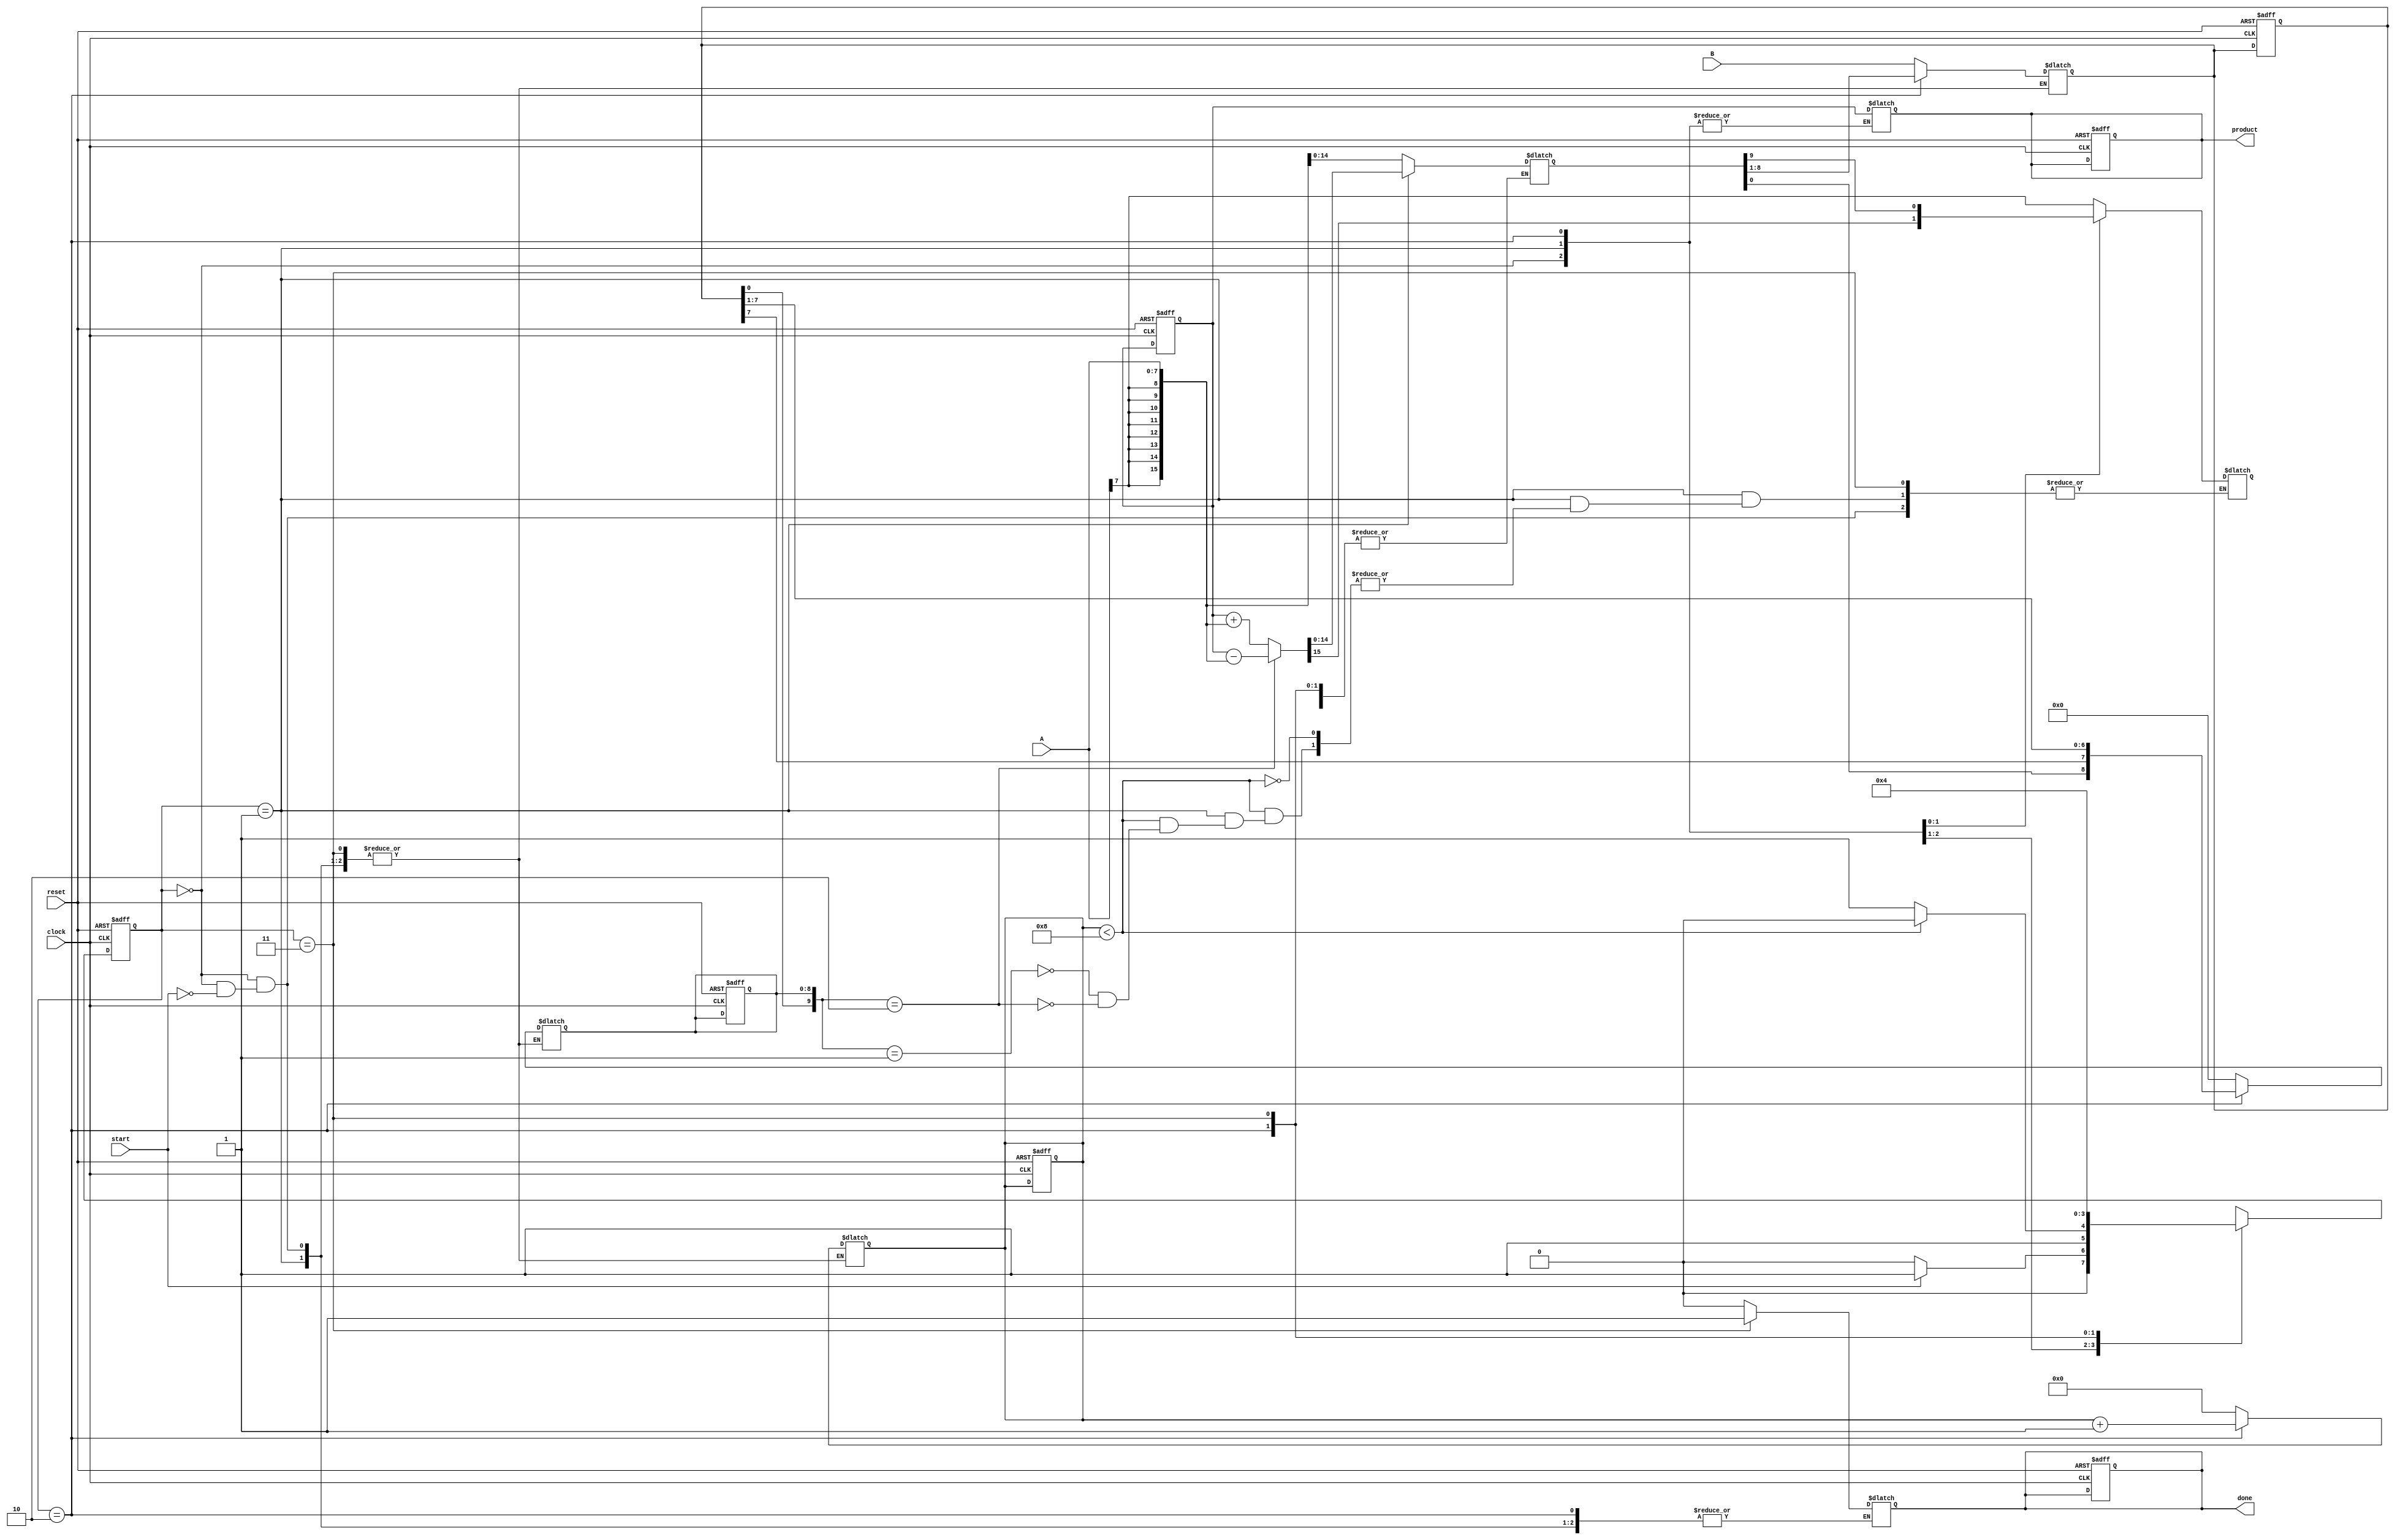
module booth_multiplier #(
    parameter WIDTH_A = 8,  // Width of multiplicand
    parameter WIDTH_B = 8   // Width of multiplier
)(
    input  wire [WIDTH_A-1:0] A,      // Multiplicand
    input  wire [WIDTH_B-1:0] B,      // Multiplier
    input  wire start,                 // Start signal
    input  wire clock,                 // Clock signal
    input  wire reset,                 // Asynchronous reset
    output reg [WIDTH_A + WIDTH_B - 1:0] product, // Product output
    output reg done                    // Done signal
);

    reg [WIDTH_A + WIDTH_B - 1:0] P; // Accumulator
    reg [WIDTH_B-1:0] Q;              // Multiplier
    reg [WIDTH_B:0] Q_1;              // Previous bit of Q
    reg [3:0] count;                  // Count for iterations
    reg [1:0] state;                  // FSM state
    reg [1:0] next_state;             // Next state for FSM

    // FSM state definitions
    localparam IDLE       = 2'b00,
               CALCULATE  = 2'b01,
               SHIFT      = 2'b10,
               DONE       = 2'b11;

    // Reset and initialization
    always @(posedge clock or posedge reset) begin
        if (reset) begin
            P <= 0;
            Q <= 0;
            Q_1 <= 0;
            count <= 0;
            product <= 0;
            done <= 0;
            state <= IDLE;
        end else begin
            state <= next_state;
        end
    end

    // State machine for Booth multiplication
    always @(*) begin
        case (state)
            IDLE: begin
                if (start) begin
                    P = { {WIDTH_A{A[WIDTH_A-1]}}, A }; // Sign-extend A
                    Q = B;
                    Q_1 = 0;
                    count = 0;
                    done = 0;
                    next_state = CALCULATE;
                end else begin
                    next_state = IDLE;
                end
            end

            CALCULATE: begin
                if (count < WIDTH_B) begin
                    case ({Q[0], Q_1}) // Check last two bits of Q
                        2'b01: P = P + { {WIDTH_A{A[WIDTH_A-1]}}, A }; // Add A
                        2'b10: P = P - { {WIDTH_A{A[WIDTH_A-1]}}, A }; // Subtract A
                        default: ; // Do nothing
                    endcase
                    next_state = SHIFT;
                end else begin
                    next_state = DONE;
                end
            end

            SHIFT: begin
                // Arithmetic right shift
                {P[WIDTH_A + WIDTH_B - 1], Q, Q_1} = {P[WIDTH_A + WIDTH_B - 1], P[WIDTH_A + WIDTH_B - 2:0], Q[WIDTH_B-1], Q[WIDTH_B-1:1]};
                count = count + 1;
                next_state = CALCULATE;
            end

            DONE: begin
                product = P; // Assign final product
                done = 1; // Signal done
                next_state = IDLE; // Go back to IDLE
            end

            default: next_state = IDLE;
        endcase
    end
endmodule